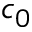
c _ { 0 }